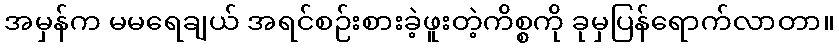
အမှန်က မမရေချယ် အရင်စဉ်းစားခဲ့ဖူးတဲ့ကိစ္စကို ခုမှပြန်ရောက်လာတာ။